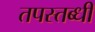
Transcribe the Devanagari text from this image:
तपस्तब्धी